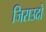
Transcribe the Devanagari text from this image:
जिराउदो